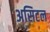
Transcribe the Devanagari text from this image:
असिटल